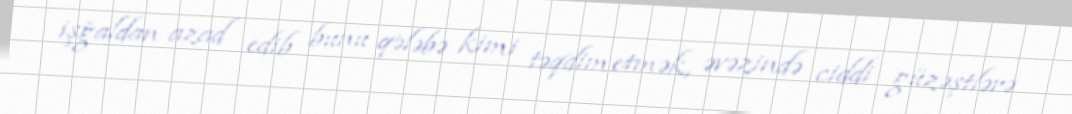
işğaldan azad edib bunu qələbə kimi təqdim etmək, əvəzində ciddi güzəştlərə